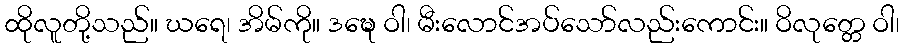
ထိုလူတို့သည်။ ဃရေ၊ အိမ်ကို။ ဒဍ္ဎေ ဝါ၊ မီးလောင်အပ်သော်လည်းကောင်း။ ဝိလုတ္တေ ဝါ၊